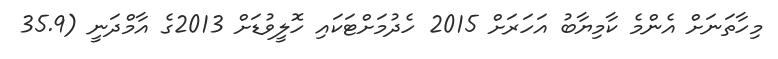
މިހާތަނަށް އެންމެ ކާމިޔާބު އަހަރަށް 2015 ހެދުމަށްޓަކައި ހޮލީވުޑަށް 2013ގެ އާމްދަނީ (35.9